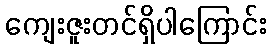
ကျေးဇူးတင်ရှိပါကြောင်း